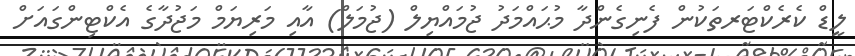
ލީޑް ކެރެކްޓަރތަކުން ފެނިގެންދާ މުޙައްމަދު ޖުމައްޔިލް (ޖުމަލް) އާއި މަރިޔަމް މަޖުދާގެ އެކްޓިންގައަށް